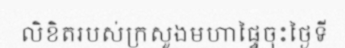
លិខិតរបស់ក្រសួងមហាផ្ទៃចុះថ្ងៃទី